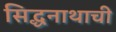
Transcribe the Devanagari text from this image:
सिद्धनाथाची